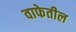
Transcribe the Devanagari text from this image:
वाफेतील